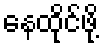
နေထိုင်ဖို့